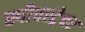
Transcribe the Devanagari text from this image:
स्पीचस्ट्रेचर